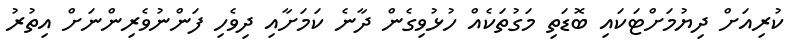
ކުރިއަށް ދިޔުމަށްޓަކައި ބޮޑަތި މަގުތަކެއް ހުޅުވިގެން ދާނެ ކަމަށާއި ދިވެހި ފަންނުވެރިންނަށް އިތުރު